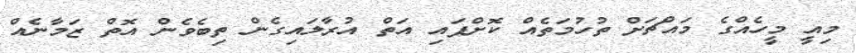
މިއީ މީހެއްގެ މައްޗަށް ތުހުމަތެއް ކޮށްފައި އަތް އުރާލައިގެން ތިބެވެން އޮތް ޒަމާނެއް